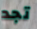
تجد